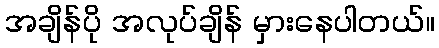
အချိန်ပို အလုပ်ချိန် မှားနေပါတယ်။